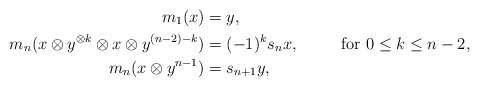
\begin{align*}m_1(x) & = y,\\m_n(x \otimes y^{\otimes k} \otimes x \otimes y^{(n-2)-k} )&= (-1)^ks_n x, & \textrm{ for } 0 \leq k \leq n-2,\\m_n(x \otimes y^{n-1}) &= s_{n+1}y, &\end{align*}